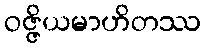
ဝဇ္ဇိယမာဟိတဿ